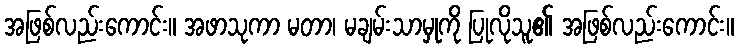
အဖြစ်လည်းကောင်း။ အဖာသုကာ မတာ၊ မချမ်းသာမှုကို ပြုလိုသူ၏ အဖြစ်လည်းကောင်း။